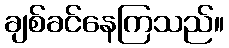
ချစ်ခင်နေကြသည်။